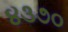
૪૩૭૦